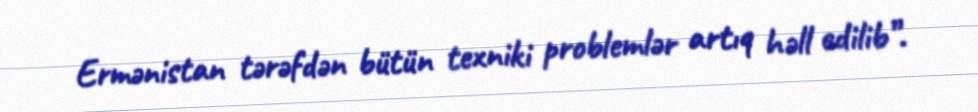
Ermənistan tərəfdən bütün texniki problemlər artıq həll edilib”.